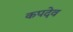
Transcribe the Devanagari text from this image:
कपदेव